Report on lock hospitals in British Burma
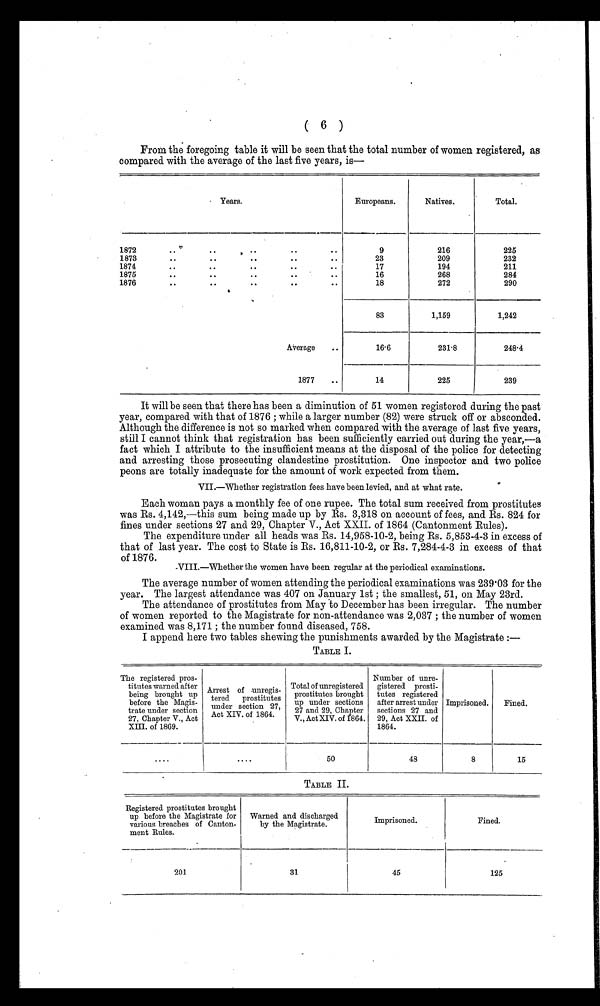
( 6 )
From the foregoing table it will be seen that the total number of women registered, as
compared with the average of the last five years, is-
Years.
Europeans.
Natives.
Total.
1872
..
. .
. .
..
..
9
216
225
1873
..
..
..
..
..
23
209
232
1874
..
. .
..
..
..
17
194
211
1875
..
. .
..
. .
..
16
268
284
1876
..
..
..
..
..
18
272
290
83
1,159
1,242
Average
..
16.6
231.8
248.4
1877
• •
14
225
239
It will be seen that there has been a diminution of 51 women registered during the past
year, compared with that of 1876 ; while a larger number (82) were struck off or absconded.
Although the difference is not so marked when compared with the average of last five years,
still I cannot think that registration has been sufficiently carried out during the year,—a
fact which I attribute to the insufficient means at the disposal of the police for detecting
and arresting those prosecuting clandestine prostitution. One inspector and two police
peons are totally inadequate for the amount of work expected from them.
VII.—Whether registration fees have been levied, and at what rate.
Each woman pays a monthly fee of one rupee. The total sum received from prostitutes
was Rs. 4,142,—this sum being made up by Rs. 3,318 on account of fees, and Rs. 824 for
fines under sections 27 and 29, Chapter V., Act XXII. of 1864 (Cantonment Rules).
The expenditure under all heads was Rs. 14,958-10-2, being Rs. 5,853-4-3 in excess of
that of last year. The cost to State is Rs. 16,811-10-2, or Rs. 7,284-4-3 in excess of that
of 1876.
V I I I . — W h e t h e r t h e w o m e n h a v e b e e n r e g u l a r a t t h e p e r i o d i c a l e x a m i n a t i o n s .
The average number of women attending the periodical examinations was 239·03 for the
year. The largest attendance was 407 on January 1st ; the smallest, 51, on May 23rd.
The attendance of prostitutes from May to December has been irregular. The number
of women reported to the Magistrate for non-attendance was 2,037 ; the number of women
examined was 8,171 ; the number found diseased, 758.
I append here two tables shewing the punishments awarded by the Magistrate :—
TABLE I.
The registered pros-
titutes warned after
being brought up
before the Magis-
trate under section
27, Chapter V., Act
XIII. of 1869.
Arrest of u n r e g i s -
tered
prostitute
under section 27,
Act XIV. of 1864.
Total of unregistered
prostitutes brought
up under sections
27 and 29, Chapter
V., Act XIV. of 1864,
Number of unre-
gistered prosti-
tutes registered
after arrest under
sections 27 and
29, Act XXII. of
1864.
Imprisoned.
Fined.
....
....
50
48
8
15
TABLE II.
Registered prostitutes brought
up before the Magistrate for
various breaches of Canton-
ment Rules.
Warned and discharged
by the Magistrate.
Imprisoned.
Fined.
201
31
45
125